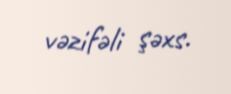
vəzifəli şəxs.